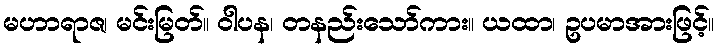
မဟာရာဇ၊ မင်းမြတ်။ ဝါပန၊ တနည်းသော်ကား။ ယထာ၊ ဥပမာအားဖြင့်။